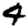
Digit: 4